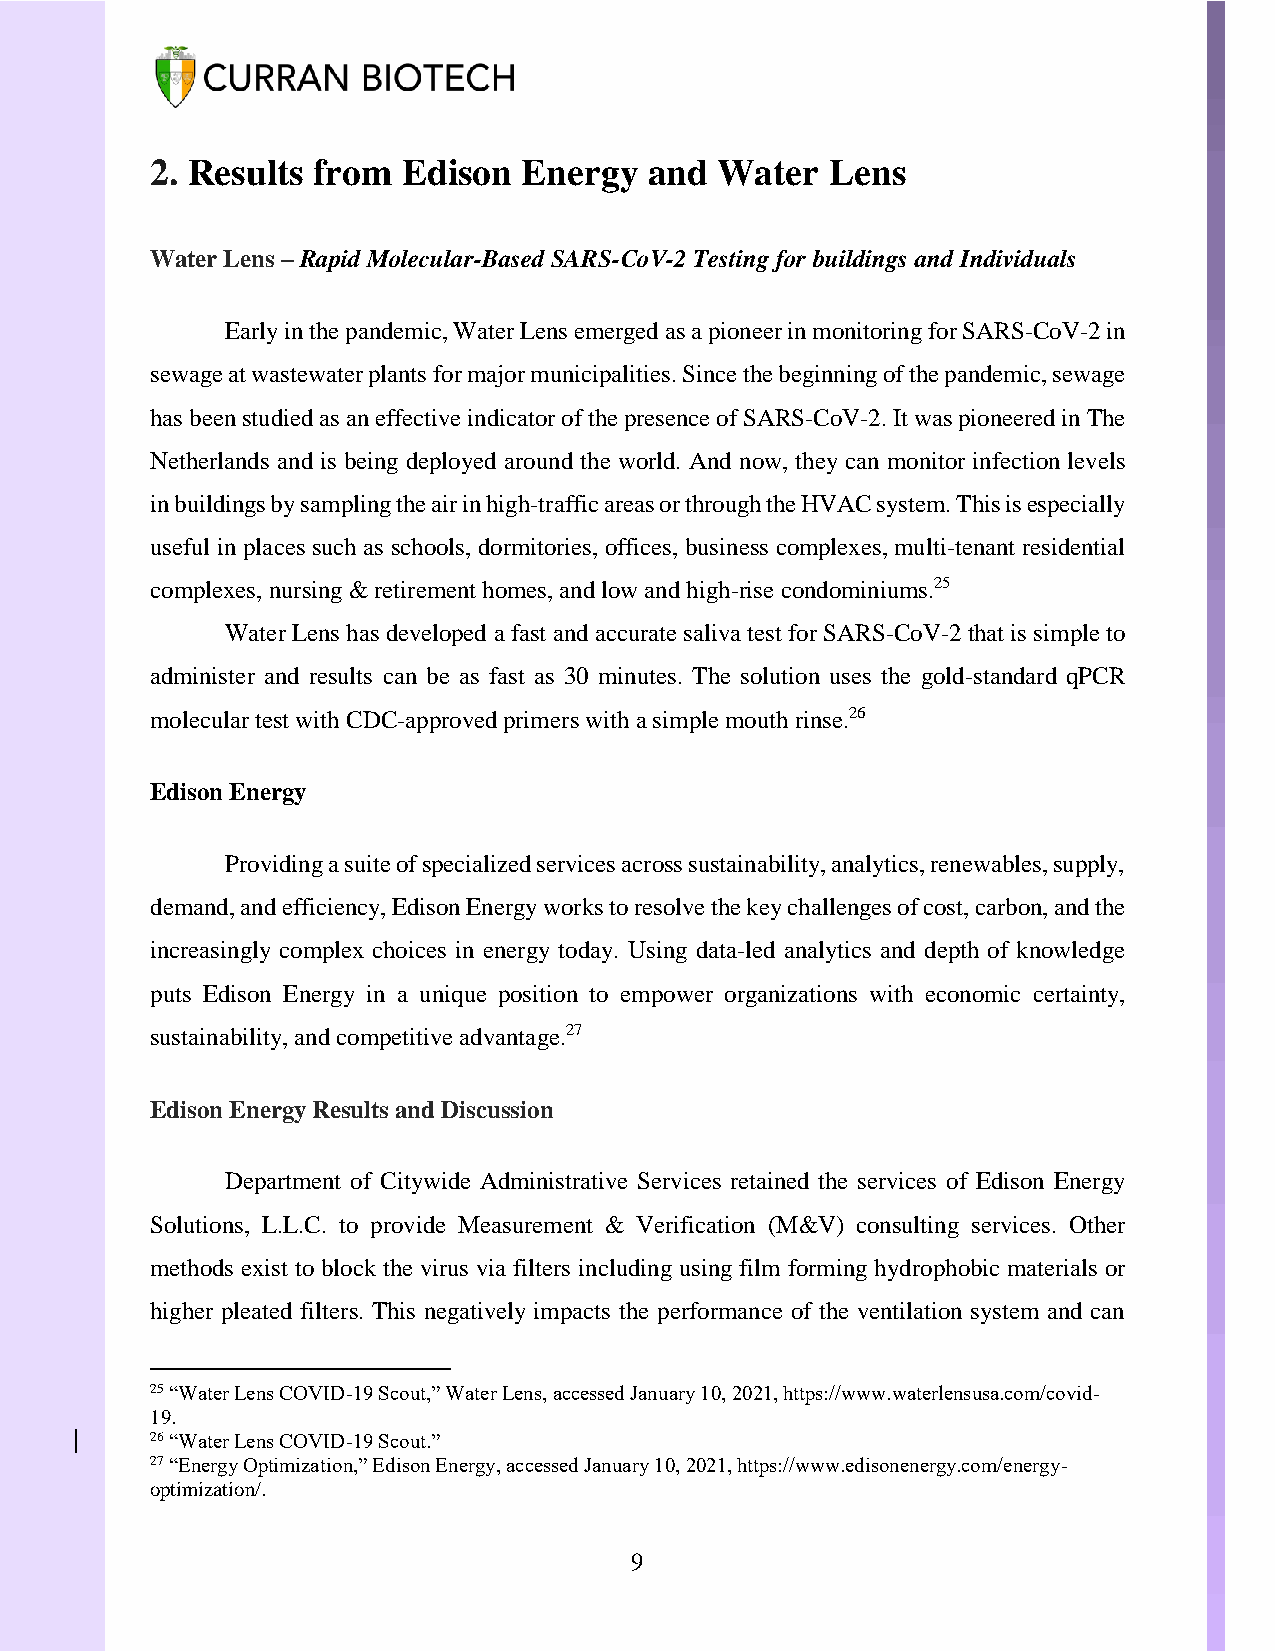
2. Results from  Edison  Energy  and  Water  Lens
 Water Lens – Rapid Molecular-Based SARS-CoV-2 Testing for buildings and Individuals
 Early in the pandemic, Water Lens emerged as a pioneer in monitoring for SARS-CoV-2 in
 sewage at wastewater plants for major municipalities. Since the beginning of the pandemic, sewage
 has been studied as an effective indicator of the presence of SARS-CoV-2. It was pioneered in The
 Netherlands and is being deployed around the world. And now, they can monitor infection levels
 in buildings by sampling the air in high-traffic areas or through the HVAC system. This is especially
 useful in places such as schools, dormitories, offices, business complexes, multi-tenant residential
 complexes, nursing & retirement homes, and low and high-rise condominiums.25
 Water Lens has developed a fast and accurate saliva test for SARS-CoV-2 that is simple to
 administer and results can be as fast as 30 minutes. The solution uses the gold-standard qPCR
 molecular test with CDC-approved primers with a simple mouth rinse.26
 Edison Energy
 Providing a suite of specialized services across sustainability, analytics, renewables, supply,
 demand, and efficiency, Edison Energy works to resolve the key challenges of cost, carbon, and the
 increasingly complex choices in energy today. Using data-led analytics and depth of knowledge
 puts Edison Energy in a unique position to empower organizations with economic certainty,
 sustainability, and competitive advantage.27
 Edison Energy Results and Discussion
 Department of Citywide Administrative Services retained the services of Edison Energy
 Solutions, L.L.C. to provide Measurement & Verification (M&V) consulting services. Other
 methods exist to block the virus via filters including using film forming hydrophobic materials or
 higher pleated filters. This negatively impacts the performance of the ventilation system and can
 25 “Water Lens COVID-19 Scout,” Water Lens, accessed January 10, 2021, https://www.waterlensusa.com/covid-
 19.
 26 “Water Lens COVID-19 Scout.”
 27 “Energy Optimization,” Edison Energy, accessed January 10, 2021, https://www.edisonenergy.com/energy-
 optimization/.
 9